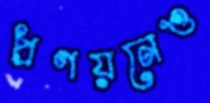
প্রণয়নেও